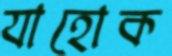
যাহোক